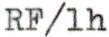
RF/1h